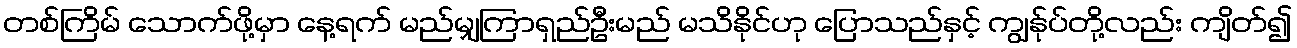
တစ်ကြိမ် သောက်ဖို့မှာ နေ့ရက် မည်မျှကြာရှည်ဦးမည် မသိနိုင်ဟု ပြောသည်နှင့် ကျွန်ုပ်တို့လည်း ကျိတ်၍